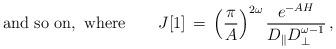
LaTeX: \begin{align*}{\rm and\ so\ on,\ where } \qquad J[1] \,=\, \left( \frac{\pi}A \right)^{2\omega} \frac{ e^{-AH} } { D_\| D_\perp^{\omega-1} }\,, \qquad\qquad\qquad\qquad\qquad\qquad\end{align*}